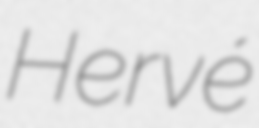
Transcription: Hervé